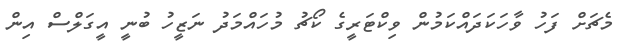
މެޗަށް ފަހު ވާހަކަދައްކަމުން ވިކްޓަރީގެ ކޯޗު މުހައްމަދު ނަޒީހު ބުނީ އީގަލްސް އިން